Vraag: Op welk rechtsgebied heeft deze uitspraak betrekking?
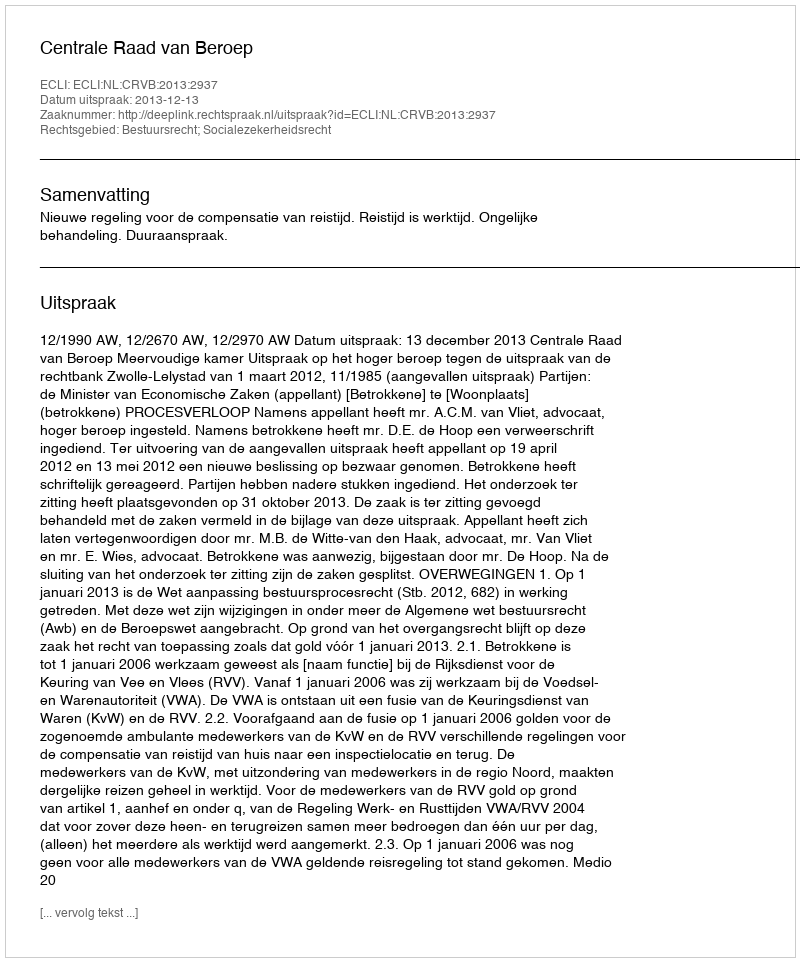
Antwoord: Bestuursrecht; Socialezekerheidsrecht